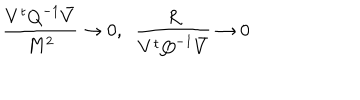
\frac { V ^ { t } { Q } ^ { - 1 } \bar { V } } { M ^ { 2 } } \to 0 , \; \; \frac { R } { V ^ { t } { Q } ^ { - 1 } \bar { V } } \to 0